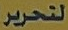
لتحرير